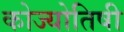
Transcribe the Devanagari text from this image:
कोज्योतिषी